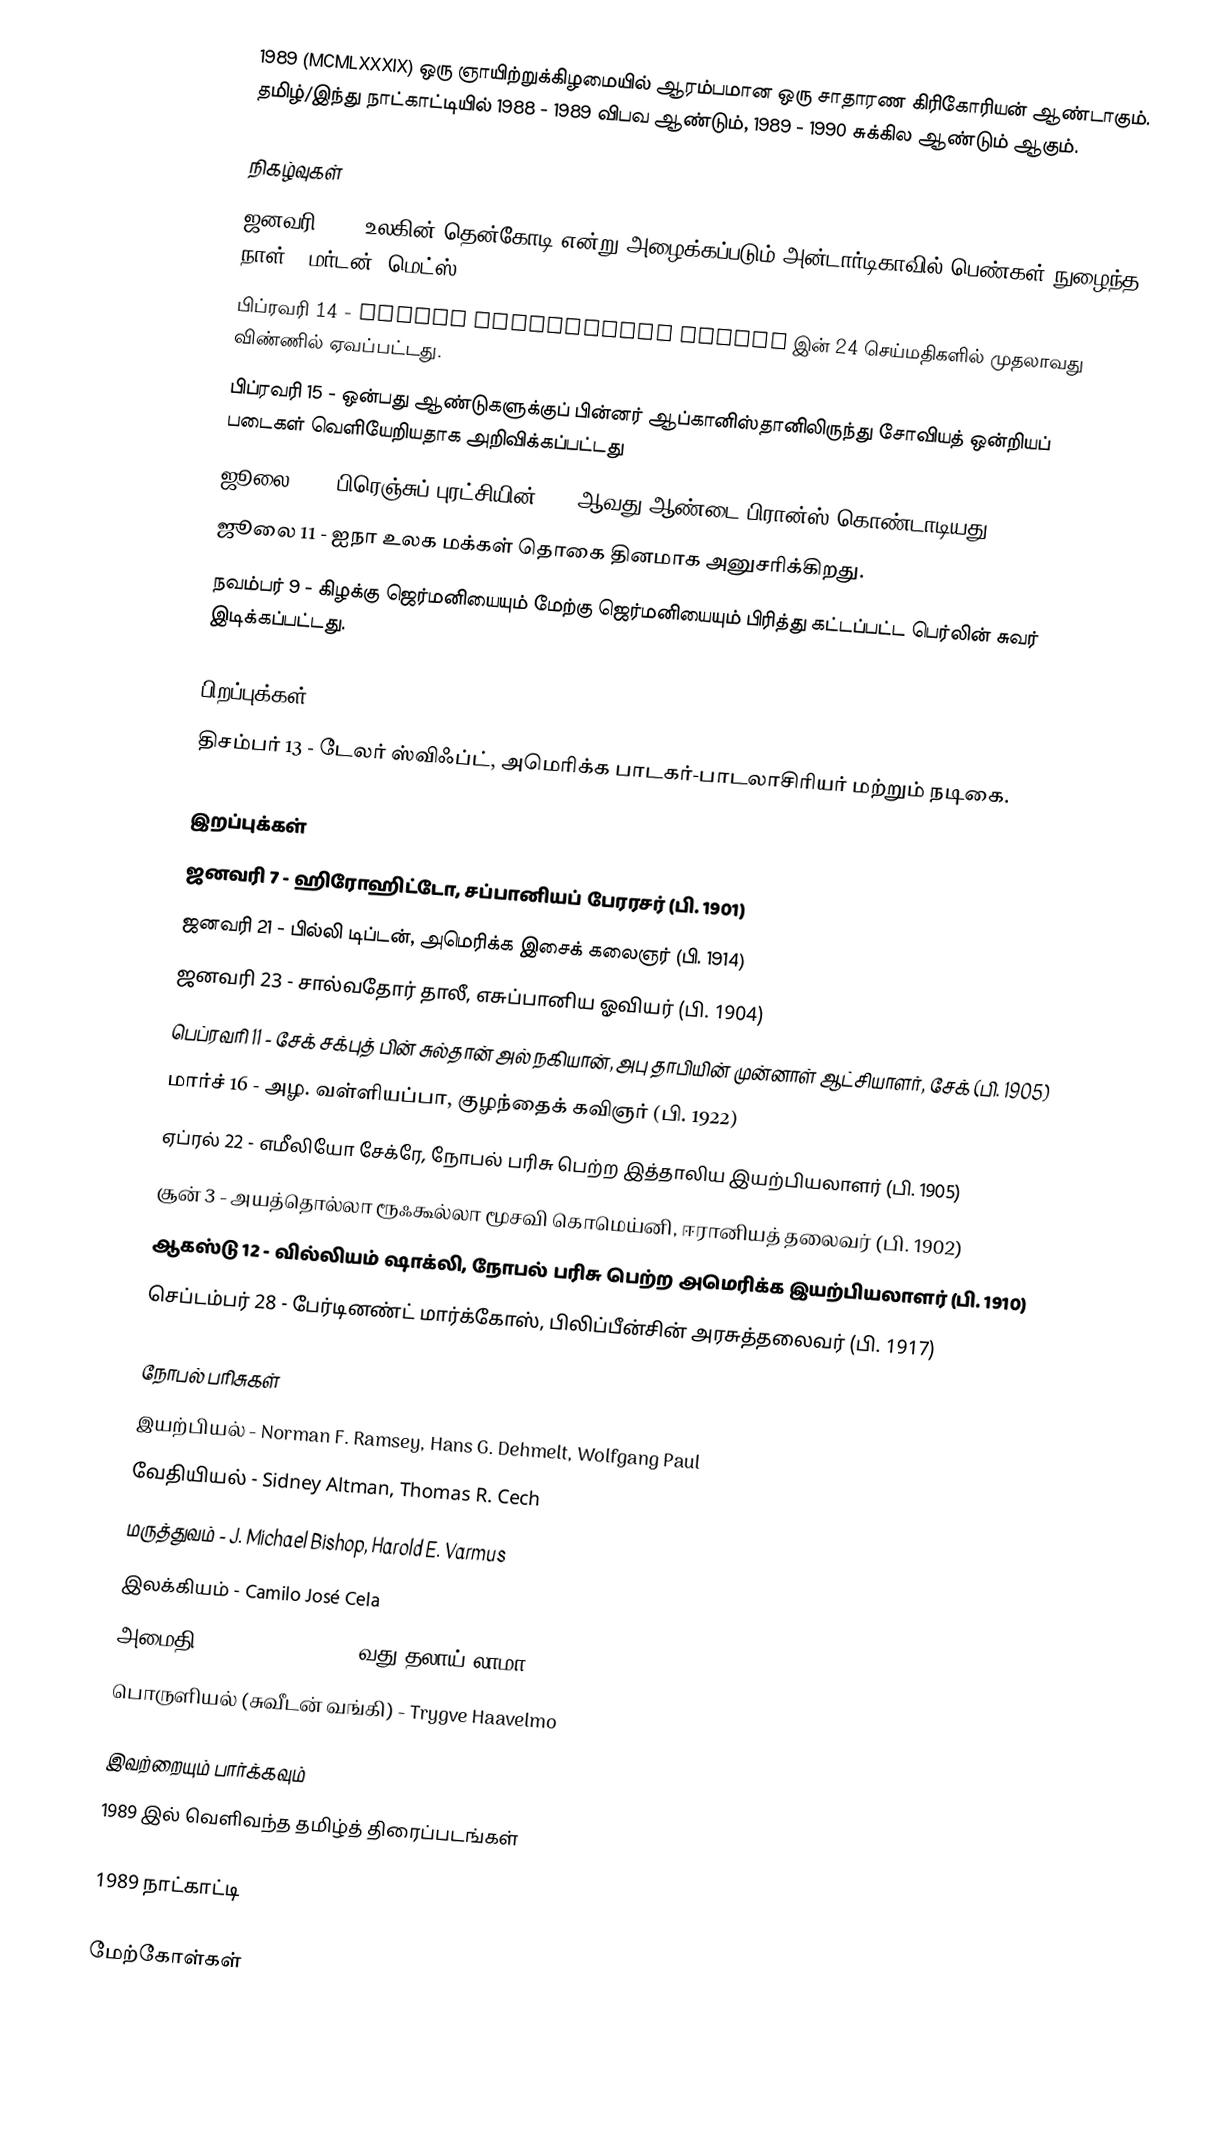
1989  (MCMLXXXIX) ஒரு ஞாயிற்றுக்கிழமையில் ஆரம்பமான ஒரு சாதாரண கிரிகோரியன் ஆண்டாகும். தமிழ்/இந்து நாட்காட்டியில் 1988 - 1989 விபவ ஆண்டும், 1989 - 1990 சுக்கில ஆண்டும் ஆகும்.

நிகழ்வுகள்
 ஜனவரி 17 - உலகின் தென்கோடி என்று அழைக்கப்படும் அன்டார்டிகாவில் பெண்கள் நுழைந்த நாள். (மர்டன், மெட்ஸ்)
 பிப்ரவரி 14 - Global Positioning System இன் 24 செய்மதிகளில் முதலாவது விண்ணில் ஏவப்பட்டது.
 பிப்ரவரி 15 - ஒன்பது ஆண்டுகளுக்குப் பின்னர் ஆப்கானிஸ்தானிலிருந்து சோவியத் ஒன்றியப் படைகள் வெளியேறியதாக அறிவிக்கப்பட்டது
 ஜூலை 14 - பிரெஞ்சுப் புரட்சியின் 200 ஆவது ஆண்டை பிரான்ஸ் கொண்டாடியது
 ஜூலை 11 - ஐநா உலக மக்கள் தொகை தினமாக அனுசரிக்கிறது.
 நவம்பர் 9 - கிழக்கு ஜெர்மனியையும் மேற்கு ஜெர்மனியையும் பிரித்து கட்டப்பட்ட பெர்லின் சுவர் இடிக்கப்பட்டது.

பிறப்புக்கள்
 திசம்பர் 13 - டேலர் ஸ்விஃப்ட், அமெரிக்க பாடகர்-பாடலாசிரியர் மற்றும் நடிகை.

இறப்புக்கள்
 ஜனவரி 7 - ஹிரோஹிட்டோ, சப்பானியப் பேரரசர் (பி. 1901)
 ஜனவரி 21 - பில்லி டிப்டன், அமெரிக்க இசைக் கலைஞர் (பி. 1914)
 ஜனவரி 23 - சால்வதோர் தாலீ, எசுப்பானிய ஓவியர் (பி. 1904)
 பெப்ரவரி 11 - சேக் சக்புத் பின் சுல்தான் அல் நகியான், அபு தாபியின் முன்னாள் ஆட்சியாளர், சேக் (பி. 1905)
 மார்ச் 16 - அழ. வள்ளியப்பா, குழந்தைக் கவிஞர் (பி. 1922)
 ஏப்ரல் 22 - எமீலியோ சேக்ரே, நோபல் பரிசு பெற்ற இத்தாலிய இயற்பியலாளர் (பி. 1905)
 சூன் 3 - அயத்தொல்லா ரூஃகூல்லா மூசவி கொமெய்னி, ஈரானியத் தலைவர் (பி. 1902)
 ஆகஸ்டு 12 - வில்லியம் ஷாக்லி, நோபல் பரிசு பெற்ற அமெரிக்க இயற்பியலாளர் (பி. 1910)
 செப்டம்பர் 28 - பேர்டினண்ட் மார்க்கோஸ், பிலிப்பீன்சின் அரசுத்தலைவர் (பி. 1917)

நோபல் பரிசுகள்
 இயற்பியல் - Norman F. Ramsey, Hans G. Dehmelt, Wolfgang Paul
 வேதியியல் - Sidney Altman, Thomas R. Cech
 மருத்துவம் - J. Michael Bishop, Harold E. Varmus
 இலக்கியம் - Camilo José Cela
 அமைதி - Tenzin Gyatso, 14வது தலாய் லாமா
 பொருளியல் (சுவீடன் வங்கி) - Trygve Haavelmo

இவற்றையும் பார்க்கவும்
 1989 இல் வெளிவந்த தமிழ்த் திரைப்படங்கள்

1989 நாட்காட்டி

மேற்கோள்கள்